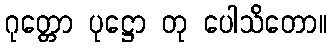
ဂုတ္တော ပုဋ္ဌော တု ပေါသိတော။